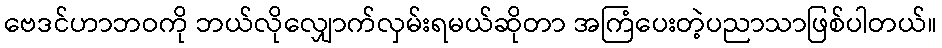
ဗေဒင်ဟာဘဝကို ဘယ်လိုလျှောက်လှမ်းရမယ်ဆိုတာ အကြံပေးတဲ့ပညာသာဖြစ်ပါတယ်။